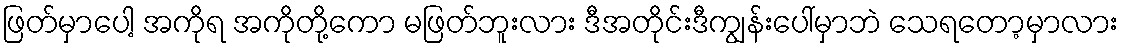
ဖြတ်မှာပေါ့ အကိုရ အကိုတို့ကော မဖြတ်ဘူးလား ဒီအတိုင်းဒီကျွန်းပေါ်မှာဘဲ သေရတော့မှာလား